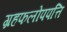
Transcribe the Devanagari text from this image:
ग्रहफलोपपत्ति